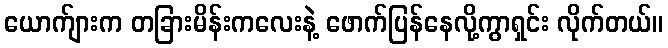
ယောက်ျားက တခြားမိန်းကလေးနဲ့ ဖောက်ပြန်နေလို့ကွာရှင်း လိုက်တယ်။